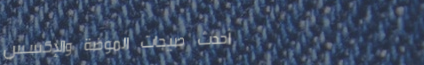
أحدث صيحات الموضة والإكسس